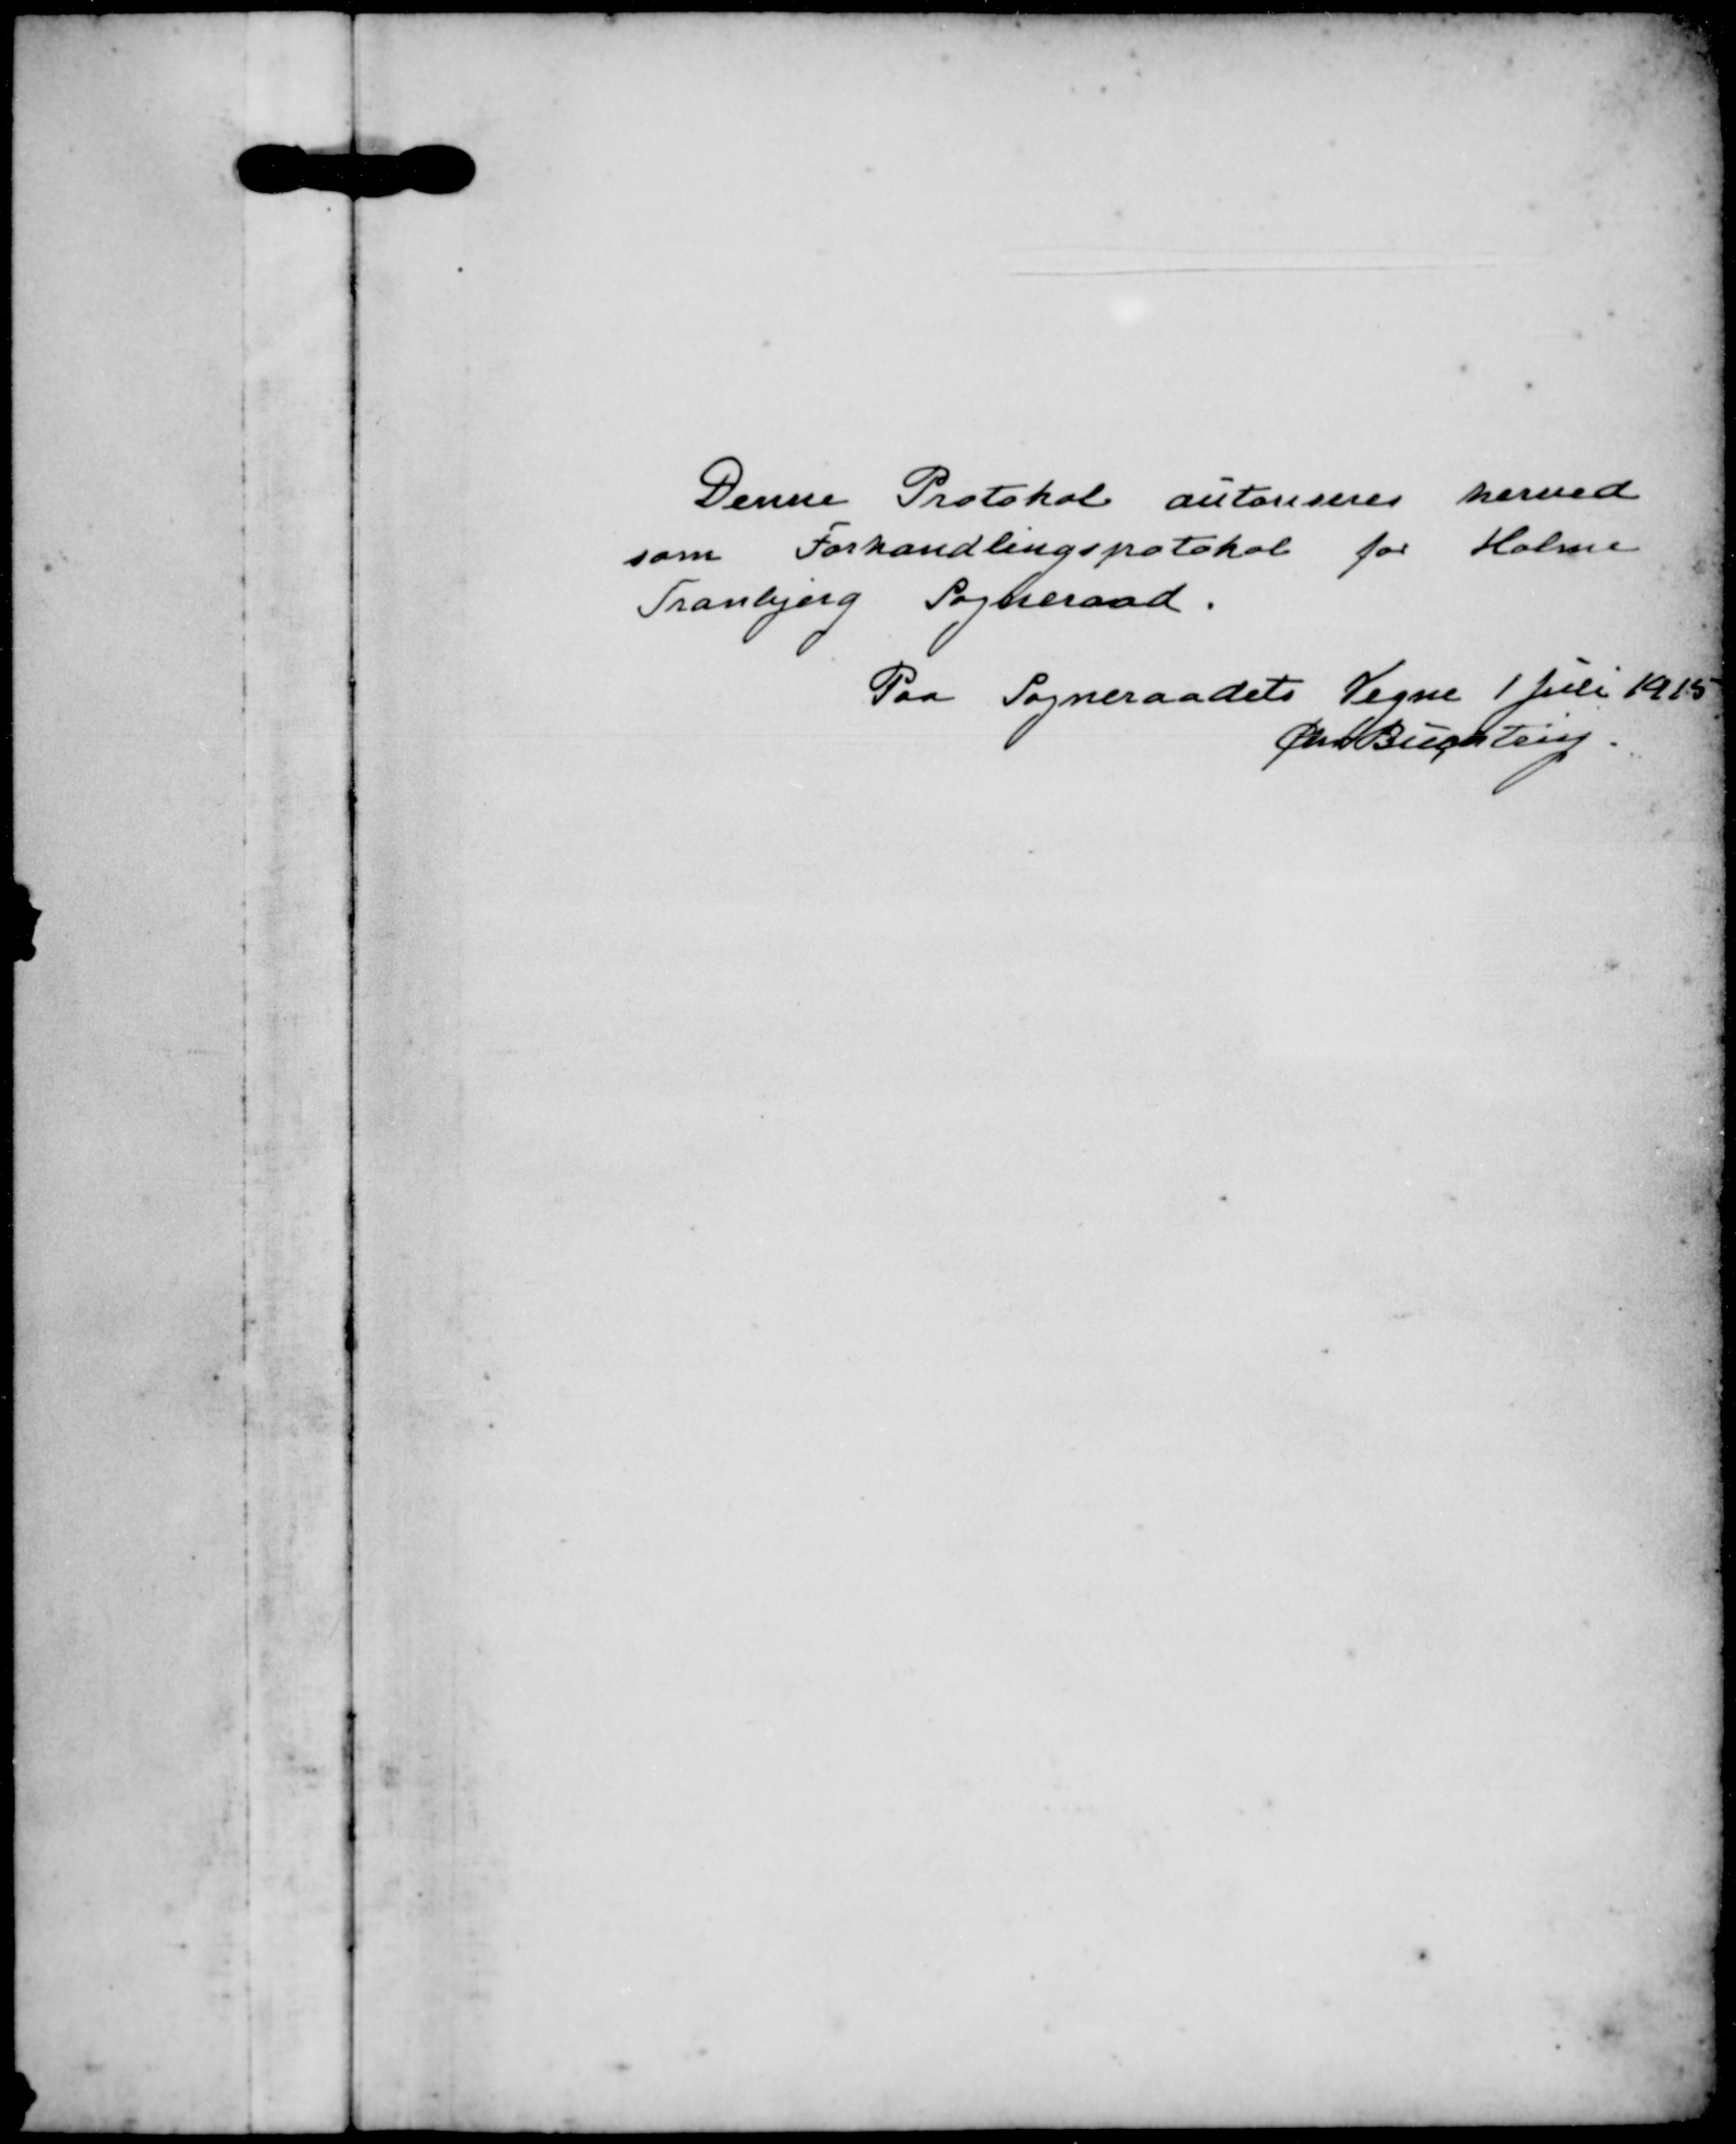
Transskription:
Denne Protokol autoriseres herved
som Forhandlingsprotokol for Holme
Tranbjerg Sogneraad.
Paa Sogneraadets Vegne 1 Juli 1915
Chr Buchtrup